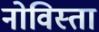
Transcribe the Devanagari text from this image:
नोविस्ता